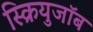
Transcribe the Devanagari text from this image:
स्क्रियुजॉब